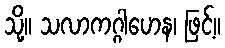
သို့။ သလာကဂ္ဂါဟေန၊ ဖြင့်။